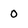
Character: 0